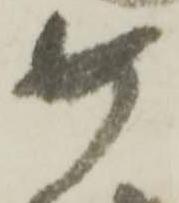
め